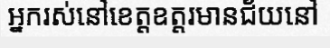
អ្នករស់នៅខេត្តឧត្តរមានជ័យនៅ